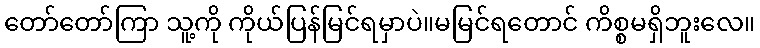
တော်တော်ကြာ သူ့ကို ကိုယ်ပြန်မြင်ရမှာပဲ။မမြင်ရတောင် ကိစ္စမရှိဘူးလေ။